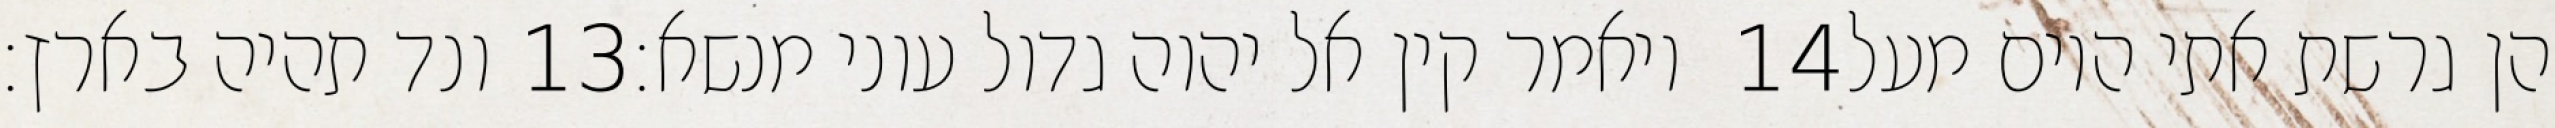
ונד תהיה בארץ׃ ‎13‏ ויאמר קין אל יהוה גדול עוני מנשא׃ ‎14‏ הן גרשת אתי היום מעל